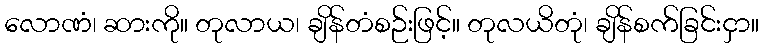
လောဏံ၊ ဆားကို။ တုလာယ၊ ချိန်တံစဉ်းဖြင့်။ တုလယိတုံ၊ ချိန်စက်ခြင်းငှာ။